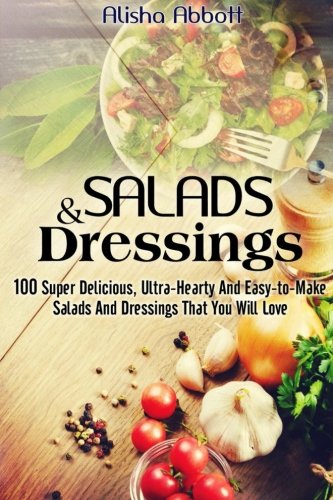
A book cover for Salads And Dressings: 100 Super Delicious, Ultra-Hearty And  Easy-to-Make Salads And Dressings  That You Will Love; Alisha Abbott; Cookbooks, Food & Wine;